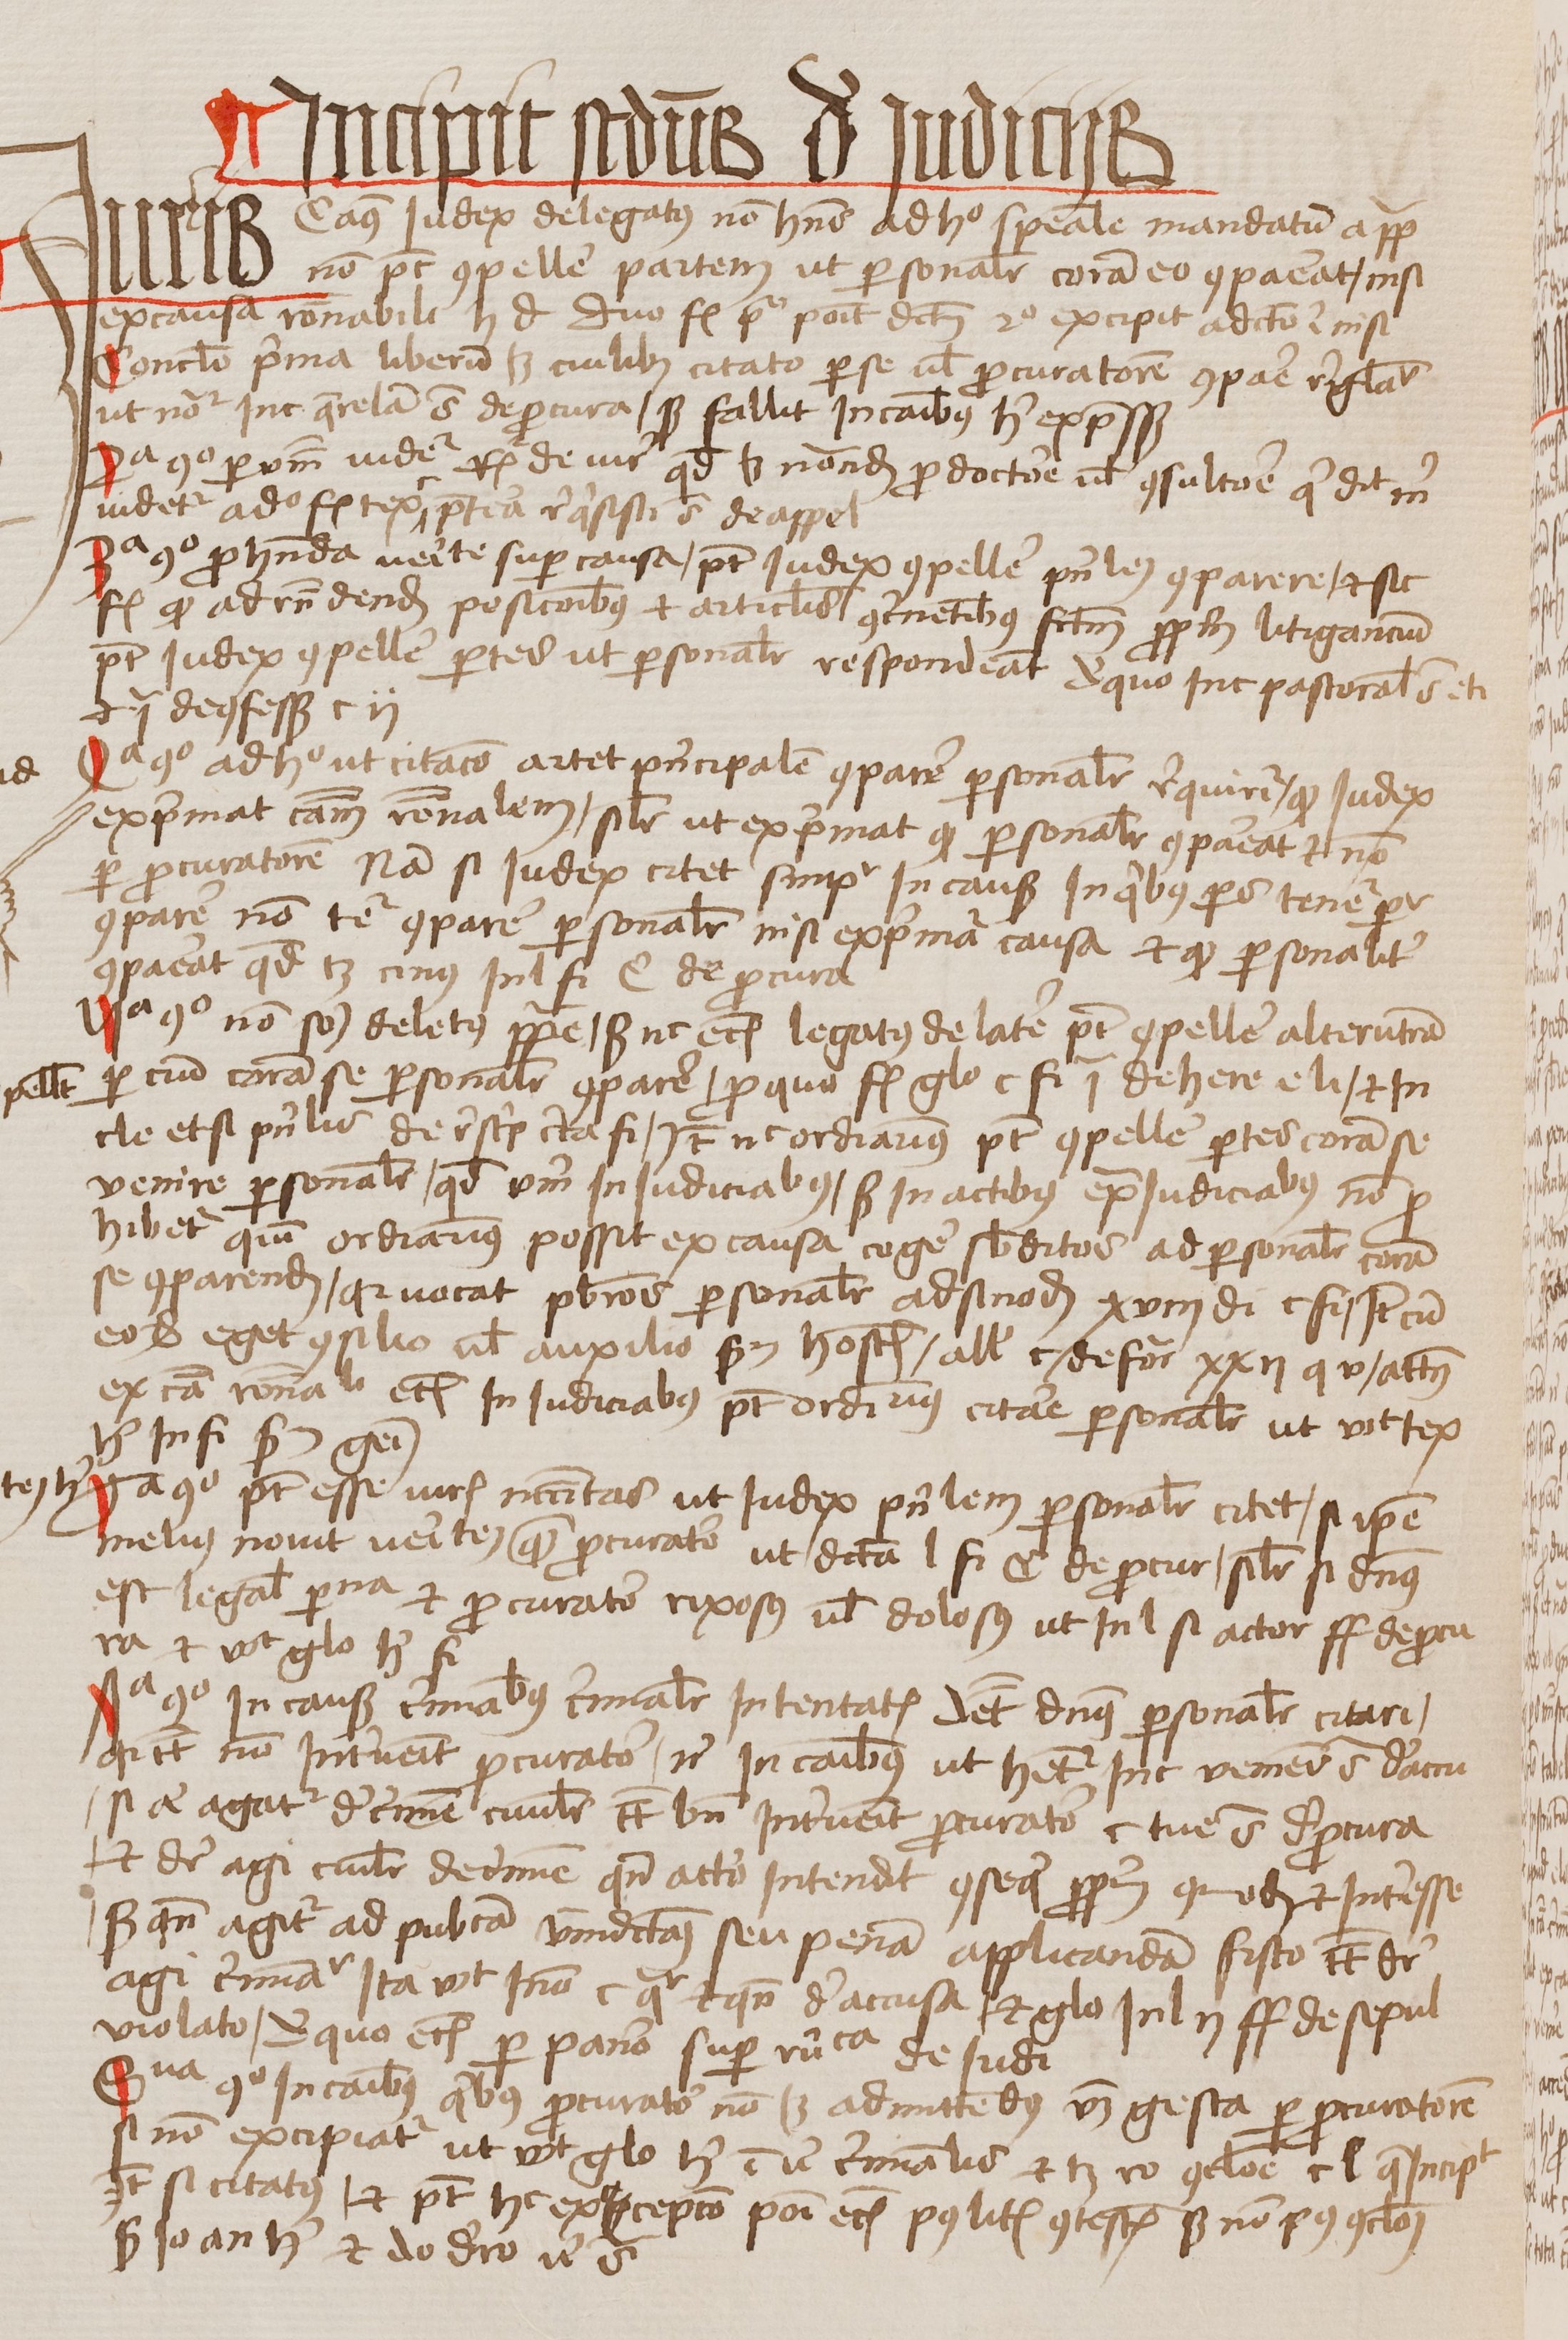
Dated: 1456–1486